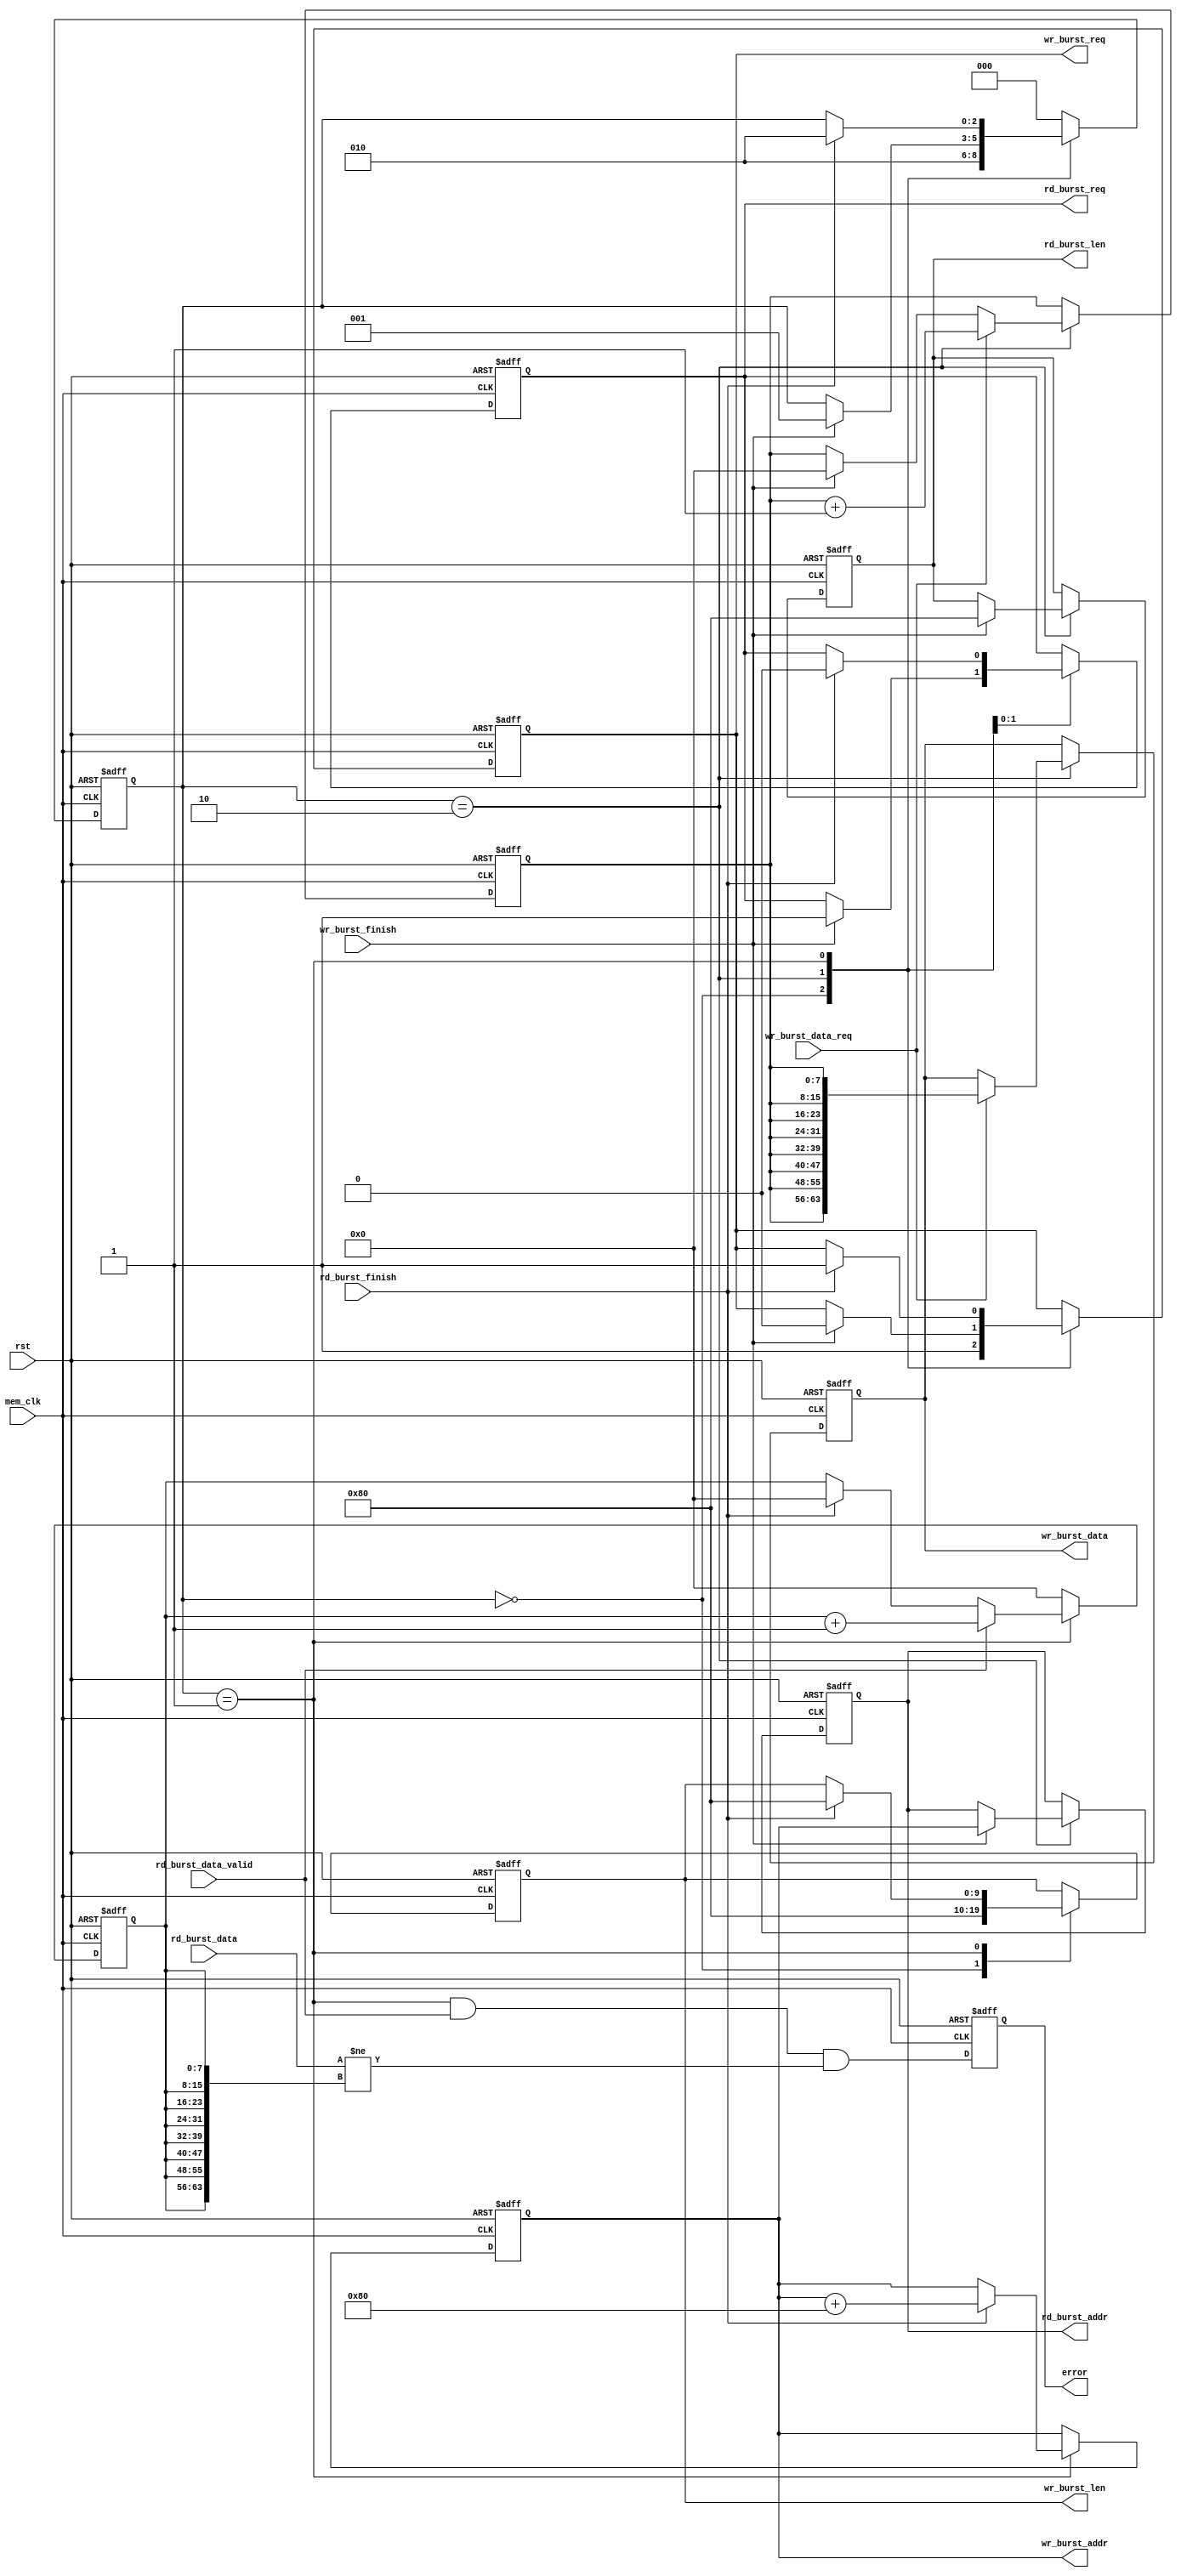


module mem_test #(

	parameter MEM_DATA_BITS = 64,
	parameter ADDR_BITS = 24,
	parameter BURST_LENGTH = 128
)
(
	input										rst,
	input										mem_clk,
	
	output reg									rd_burst_req,
	output reg									wr_burst_req,
	output reg		[9 : 0]						rd_burst_len,
	output reg		[9 : 0]						wr_burst_len,
	output reg		[ADDR_BITS - 1:0]			rd_burst_addr,
	output reg		[ADDR_BITS - 1:0]			wr_burst_addr,
	input										rd_burst_data_valid,
	input										wr_burst_data_req,
	input			[MEM_DATA_BITS-1 : 0]		rd_burst_data,
	output			[MEM_DATA_BITS-1 : 0]		wr_burst_data,
	input										rd_burst_finish,
	input										wr_burst_finish,
	
	output reg error
);
	
	localparam IDLE			= 3'd0;
	localparam MEM_READ		= 3'd1;
	localparam MEM_WRITE	= 3'd2;
	
	reg		[2 : 0]						state;
	reg		[7 : 0]						wr_cnt;
	reg		[MEM_DATA_BITS - 1 : 0]		wr_burst_data_reg;
	reg		[7 : 0]						rd_cnt;
	
	assign wr_burst_data = wr_burst_data_reg;
	
	always@(posedge mem_clk or posedge rst)begin
		
		if(rst)begin
			error <= 1'b0;
		end else begin
			error <= (state == MEM_READ) && rd_burst_data_valid && (rd_burst_data != {(MEM_DATA_BITS/8){rd_cnt}});
		end
	end
	
	always@(posedge mem_clk or posedge rst)begin
		
		if(rst)begin
			wr_burst_data_reg <= {MEM_DATA_BITS{1'b0}};
			wr_cnt <= 8'd0;
		end else if(state == MEM_WRITE)begin
			if(wr_burst_data_req)begin
				wr_burst_data_reg <= {(MEM_DATA_BITS/8){wr_cnt}};
				wr_cnt <= wr_cnt + 8'd1;
			end else if(wr_burst_finish)begin
				wr_cnt <= 8'd0;
			end
		end
	end
	
	always@(posedge mem_clk or posedge rst)begin
		
		if(rst)begin
			rd_cnt <= 8'd0;
		end else begin
			if(state == MEM_READ)begin
				if(rd_burst_data_valid)begin
					rd_cnt <= rd_cnt + 8'd1;
				end else if(rd_burst_finish)begin
					rd_cnt <= 8'd0;
				end
			end else begin
				rd_cnt <= 8'd0;
			end
		end
	end
	
	always@(posedge mem_clk or posedge rst)begin
		
		if(rst)begin
			state <= IDLE;
			wr_burst_req <= 1'b0;
			rd_burst_req <= 1'b0;
			rd_burst_len <= BURST_LENGTH;
			wr_burst_len <= BURST_LENGTH;
			rd_burst_addr <= 0;
			wr_burst_addr <= 0;
		end else begin
			
			case(state)
				IDLE: begin
					state <= MEM_WRITE;
					wr_burst_req <= 1'b1;
					wr_burst_len <= BURST_LENGTH;
				end
				
				MEM_WRITE: begin
					if(wr_burst_finish)begin
						state <= MEM_READ;
						wr_burst_req <= 1'b0;
						rd_burst_req <= 1'b1;
						rd_burst_len <= BURST_LENGTH;
						rd_burst_addr <= wr_burst_addr;
					end
				end
				
				MEM_READ: begin
					if(rd_burst_finish)begin
						state <= MEM_WRITE;
						wr_burst_req <= 1'b1;
						wr_burst_len <= BURST_LENGTH;
						rd_burst_req <= 1'b0;
						wr_burst_addr <= wr_burst_addr + BURST_LENGTH;
					end
				end
			
				default: state <= IDLE;
			endcase
		end
	end

endmodule